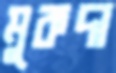
মুকদা